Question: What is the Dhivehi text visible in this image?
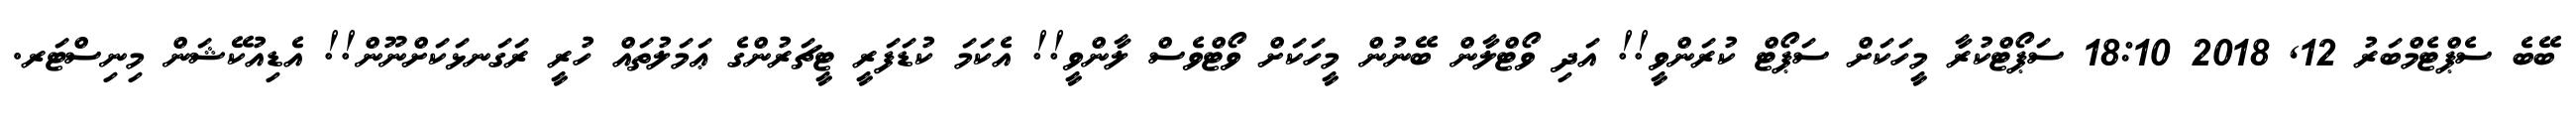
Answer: ބޭބެ ސެޕްޓެމްބަރު 12, 2018 18:10 ސަޕޯޓްކުރާ މީހަކަށް ސަޕޯޓް ކުރަންވީ!! އަދި ވޯޓްލާން ބޭނުން މީހަކަށް ވޯޓްވެސް ލާންވީ!! އެކަމަ ކުޑަފަރީ ޓީޗަރުންގެ ޢަމަލުތައް ހުރީ ރަގަނޅަކަށްނޫން!! އެޑިއުކޭޝަން މިނިސްޓަރ.